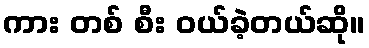
ကား တစ် စီး ဝယ်ခဲ့တယ်ဆို။